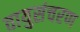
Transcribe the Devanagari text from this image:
वायुसंचरण